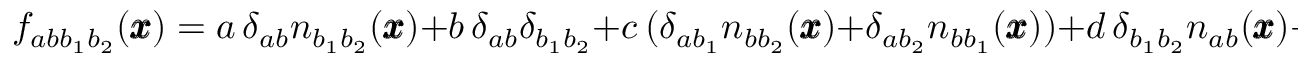
f _ { a b { b } _ { 1 } b _ { 2 } } ( { \pmb x } ) = a \, \delta _ { a b } n _ { b _ { 1 } b _ { 2 } } ( { \pmb x } ) + b \, \delta _ { a b } \delta _ { b _ { 1 } b _ { 2 } } + c \, ( \delta _ { a b _ { 1 } } n _ { b b _ { 2 } } ( { \pmb x } ) + \delta _ { a b _ { 2 } } n _ { b b _ { 1 } } ( { \pmb x } ) ) + d \, \delta _ { b _ { 1 } b _ { 2 } } n _ { a b } ( { \pmb x } ) + e \, n _ { a b b _ { 1 } b _ { 2 } } ( { \pmb x } )